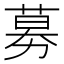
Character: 募